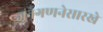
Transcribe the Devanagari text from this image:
जनगणनेसारखे